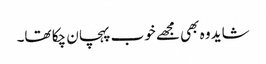
شاید وہ بھی مجھے خوب پہچان چکا تھا۔